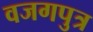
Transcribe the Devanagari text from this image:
वजगपुत्र